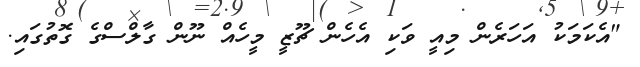
"އެކަމަކު އަހަރެން މިއީ ވަކި އެހެން ޗޫޒީ މީހެއް ނޫން ގާލްސްގެ ގޮތުގައި.